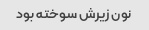
نون زیرش سوخته بود